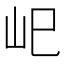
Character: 𡵆